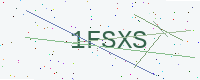
Text: 1FSXS